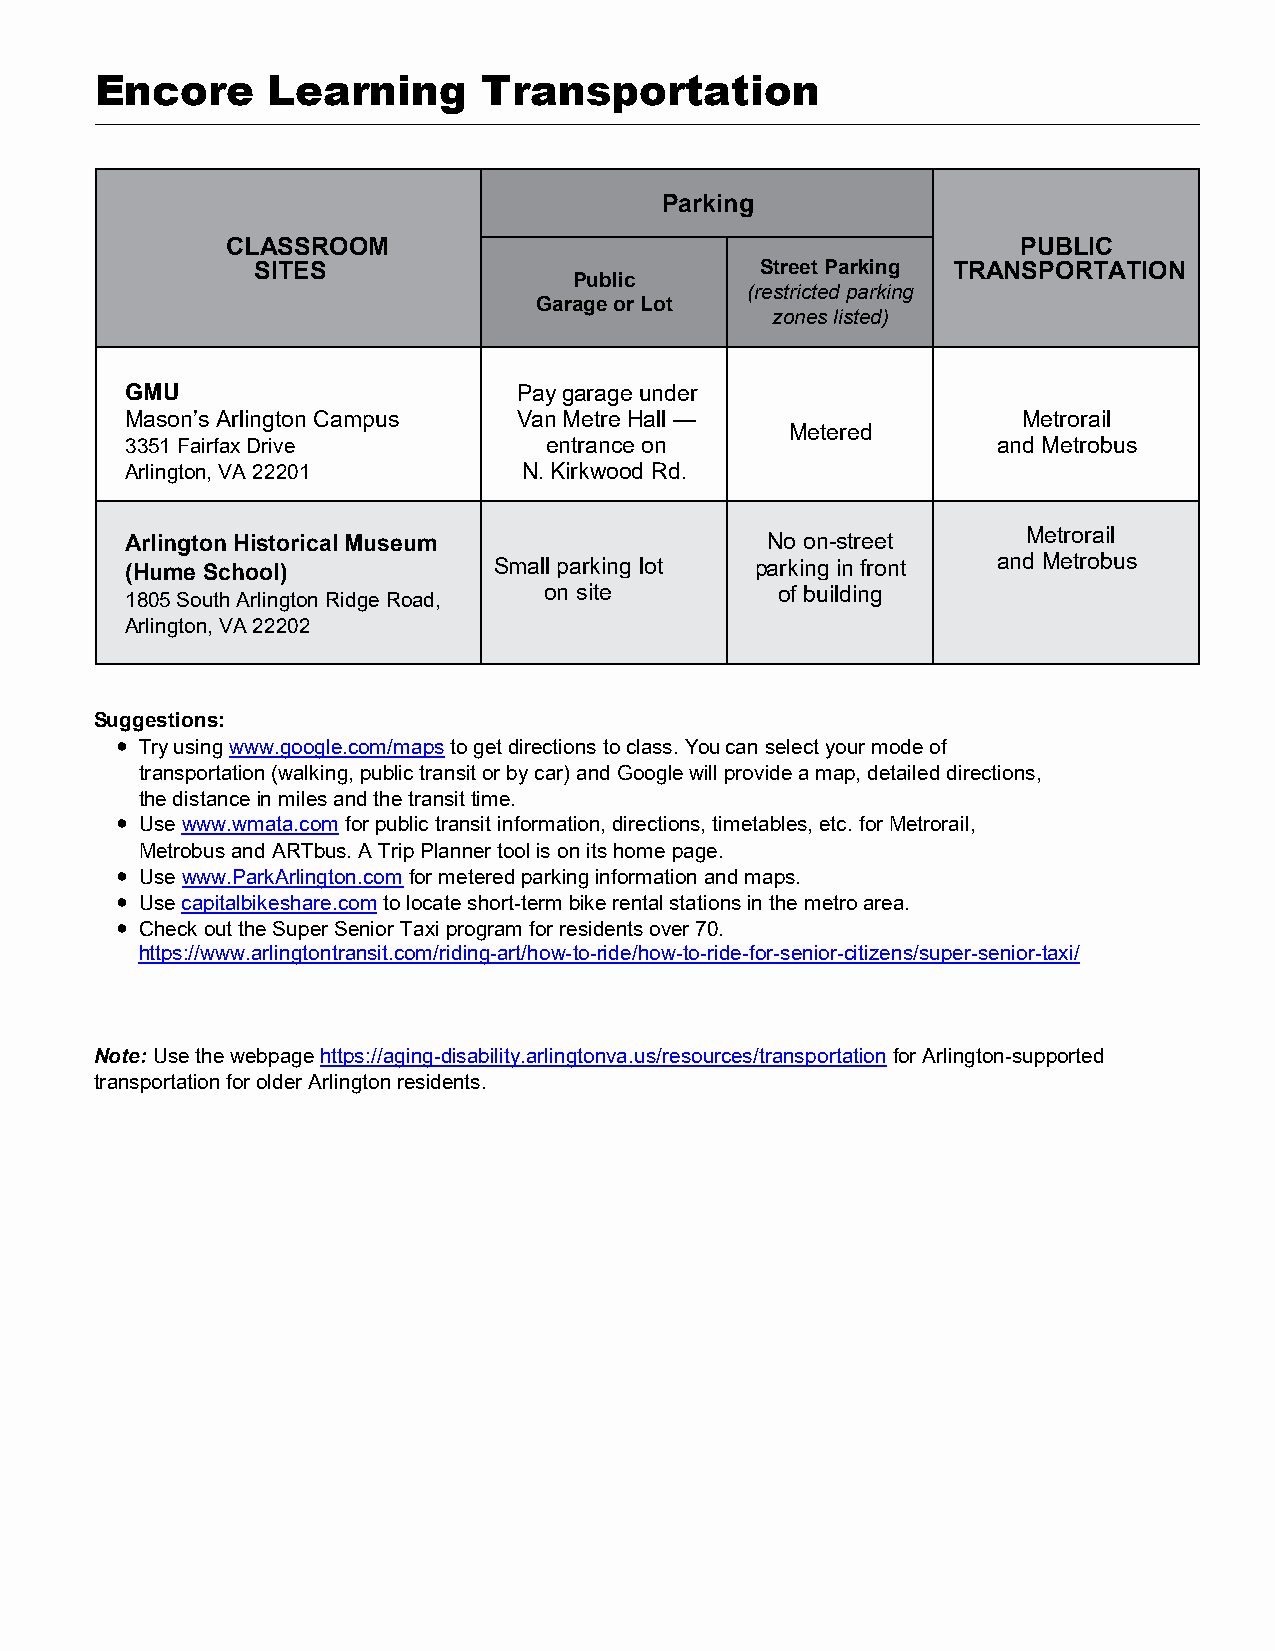
Encore      Learning      Transportation
 Parking
 CLASSROOM                                            PUBLIC
 SITES                            Street Parking TRANSPORTATION
 Public
 (restricted parking
 Garage or Lot
 zones listed)
 GMU                       Pay garage under
 Mason’s Arlington Campus  Van Metre Hall —                  Metrorail
 Metered
 3351 Fairfax Drive          entrance on                   and Metrobus
 Arlington, VA 22201        N. Kirkwood Rd.
 Metrorail
 Arlington Historical Museum                No on-street
 (Hume School)            Small parking lot parking in front and Metrobus
 on site         of building
 1805 South Arlington Ridge Road,
 Arlington, VA 22202
 Suggestions:
 ● Try using www.google.com/maps to get directions to class. You can select your mode of
 transportation (walking, public transit or by car) and Google will provide a map, detailed directions,
 the distance in miles and the transit time.
 ● Use www.wmata.com for public transit information, directions, timetables, etc. for Metrorail,
 Metrobus and ARTbus. A Trip Planner tool is on its home page.
 ● Use www.ParkArlington.com for metered parking information and maps.
 ● Use capitalbikeshare.com to locate short-term bike rental stations in the metro area.
 ● Check out the Super Senior Taxi program for residents over 70.
 https://www.arlingtontransit.com/riding-art/how-to-ride/how-to-ride-for-senior-citizens/super-senior-taxi/
 Note: Use the webpage https://aging-disability.arlingtonva.us/resources/transportation for Arlington-supported
 transportation for older Arlington residents.